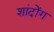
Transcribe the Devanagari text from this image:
शांदोंग